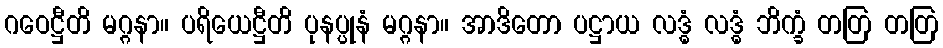
ဂဝေဋ္ဌီတိ မဂ္ဂနာ။ ပရိယေဋ္ဌီတိ ပုနပ္ပုနံ မဂ္ဂနာ။ အာဒိတော ပဋ္ဌာယ လဒ္ဓံ လဒ္ဓံ ဘိက္ခံ တတြ တတြ